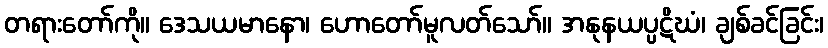
တရားတော်ကို။ ဒေသယမာနော၊ ဟောတော်မူလတ်သော်။ အနုနယပ္ပဋိဃံ၊ ချစ်ခင်ခြင်း၊